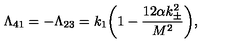
\Lambda _ { 4 1 } = - \Lambda _ { 2 3 } = k _ { 1 } \bigg ( 1 - \frac { 1 2 \alpha k _ { \pm } ^ { 2 } } { M ^ { 2 } } \bigg ) ,